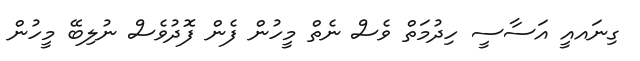
ގިނައއީ އަސާސީ ހިދުމަތް ވެސް ނެތް މީހުން ފެން ފޮދުވެސް ނުލިބޭ މީހުން